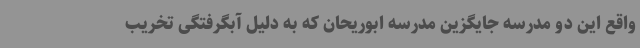
واقع این دو مدرسه جایگزین مدرسه ابوریحان که به دلیل آبگرفتگی تخریب